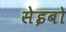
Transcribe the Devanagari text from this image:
सेइबो